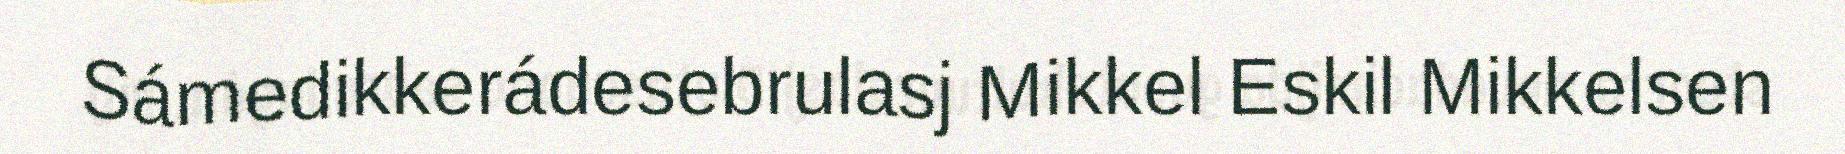
Sámedikkerádesebrulasj Mikkel Eskil Mikkelsen